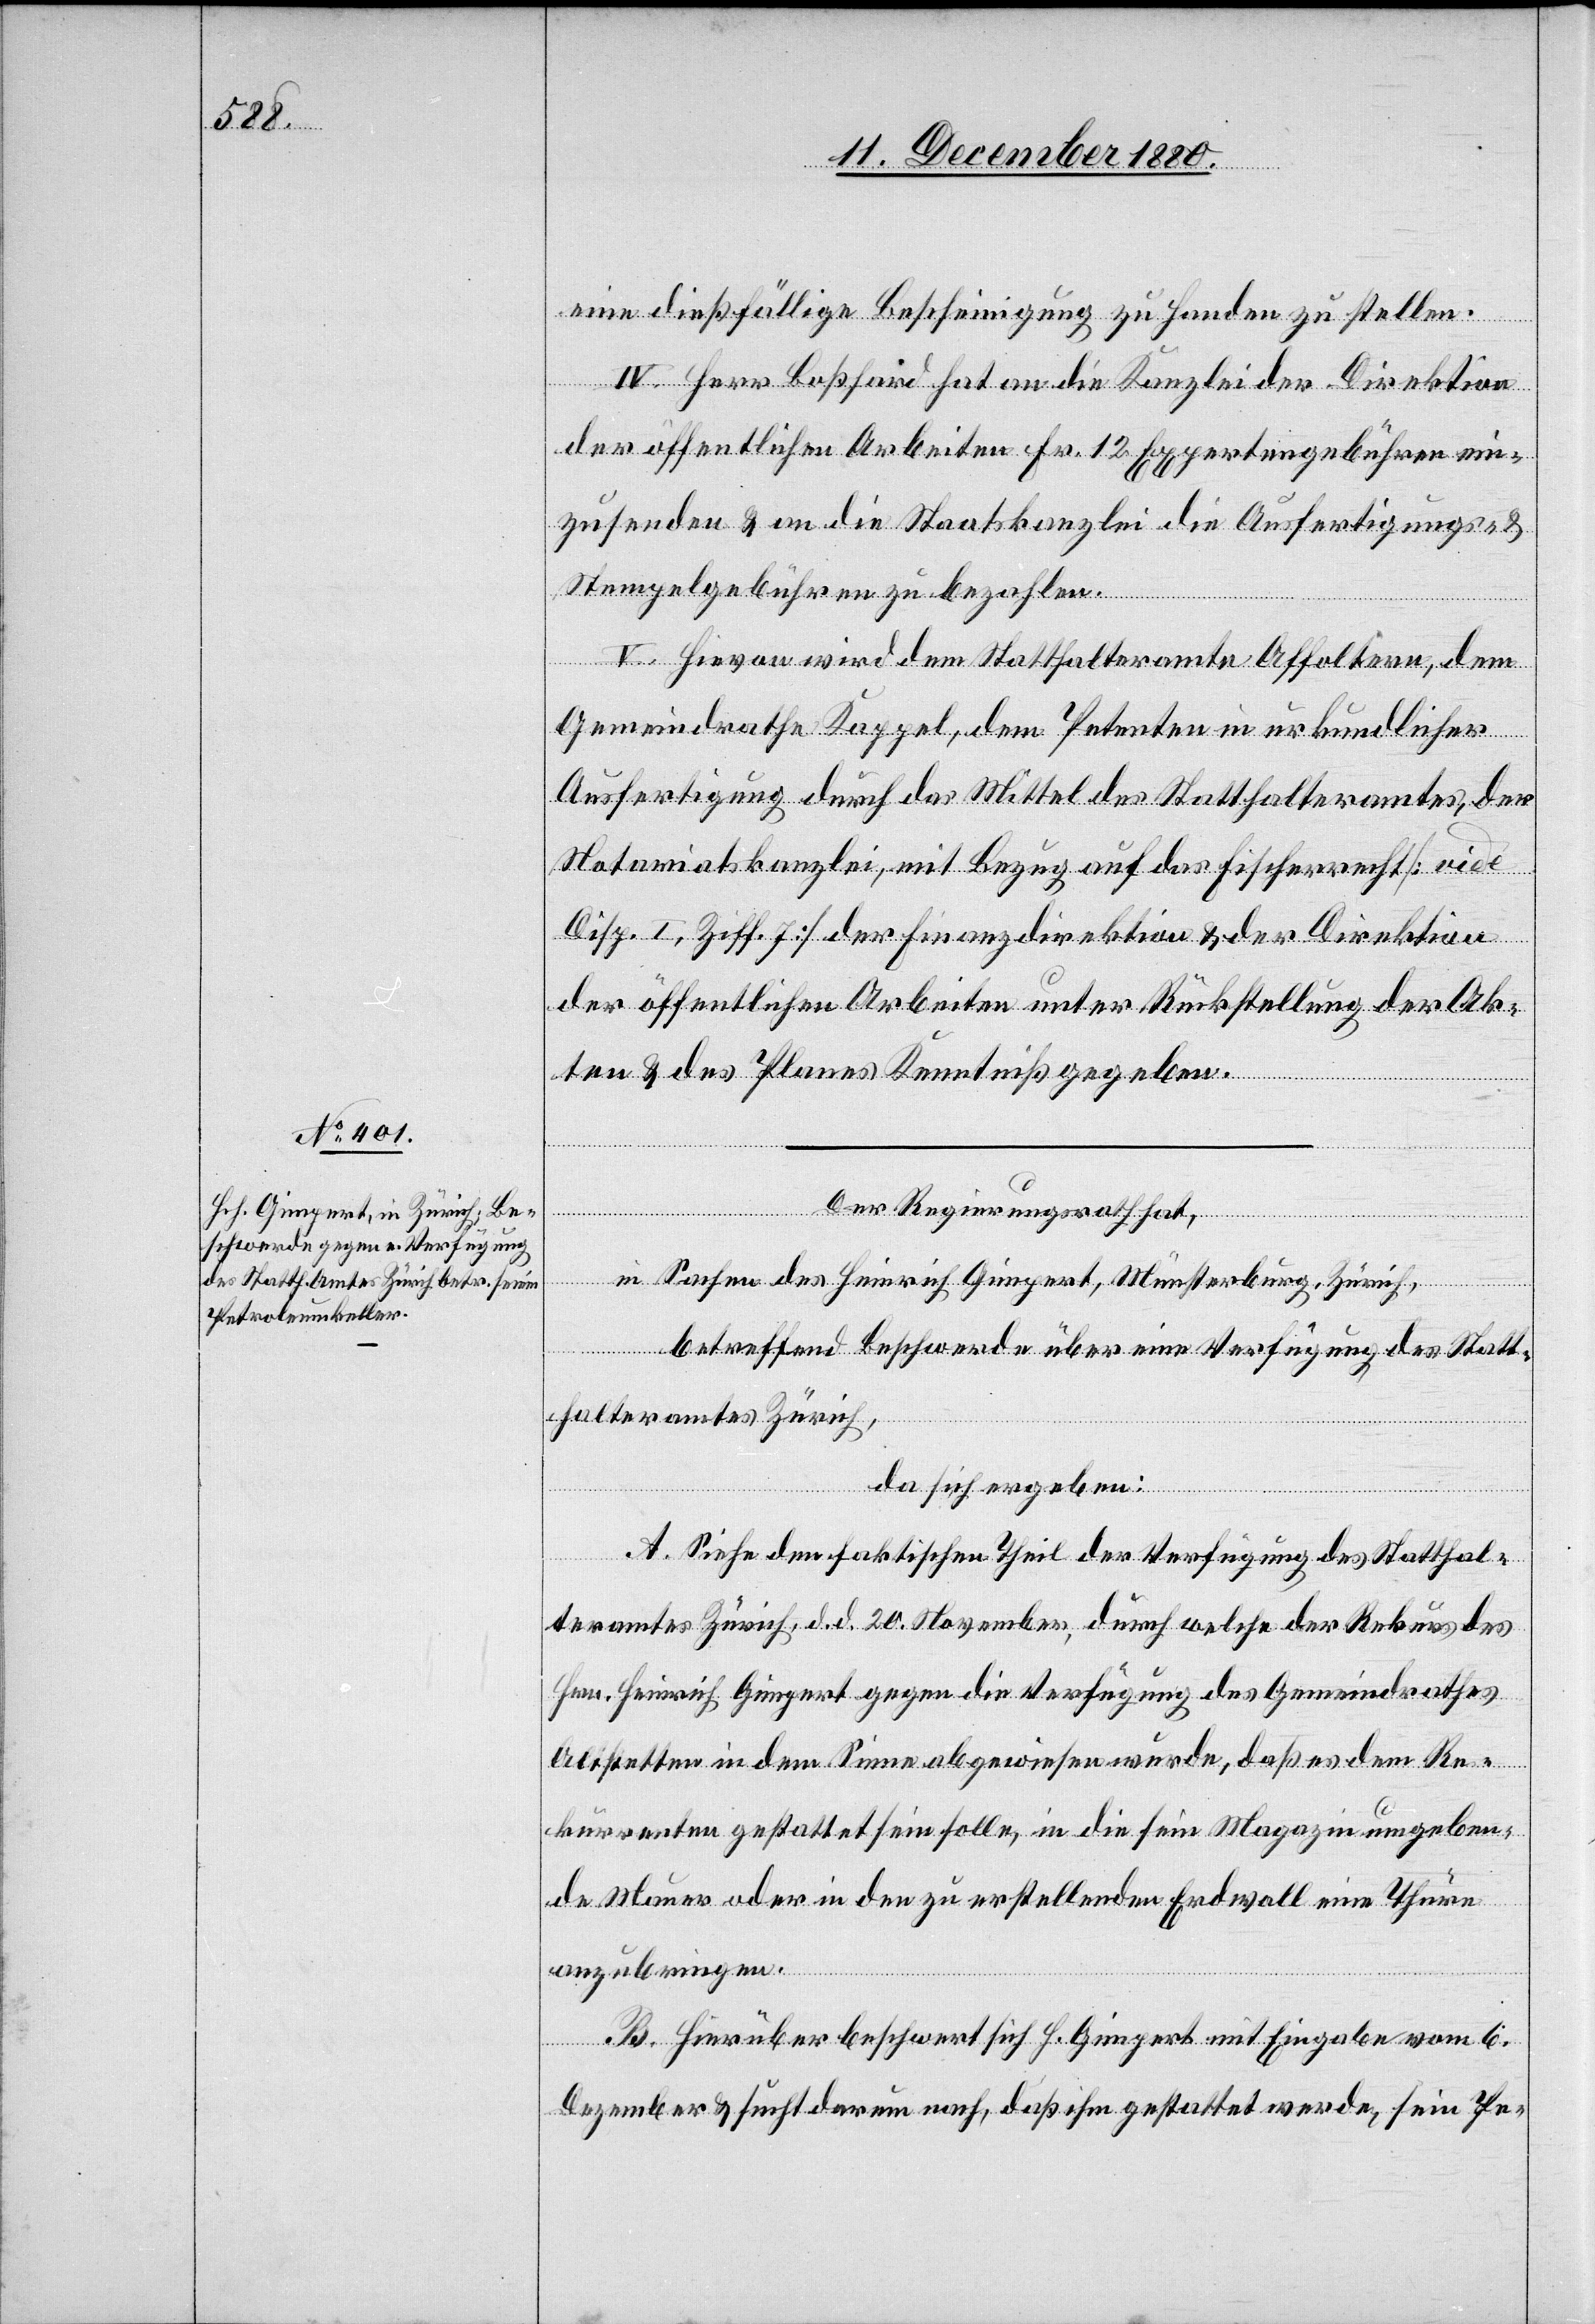
eine dießfällige Bescheinigung zu Handen zu stellen.
IV. Herr Boßhard hat an die Kanzlei der Direktion
der öffentlichen Arbeiten Fr. 12 Expertengebühren ein¬
zusenden & an die Staatskanzlei die Ausfertigungs- &
Stempelgebühren zu bezahlen.
V. Hievon wird dem Statthalteramte Affoltern, dem
Gemeindrathe Kappel, dem Petenten in urkundlicher
Ausfertigung durch das Mittel des Statthalteramtes, der
Notariatskanzlei, mit Bezug auf das Fischerrecht [vide
Disp. I, Ziff. 7] der Finanzdirektion & der Direktion
der öffentlichen Arbeiten unter Rückstellung der Ak¬
ten & des Planes Kenntniß gegeben.
Der Regierungsrath hat,
in Sachen des Heinrich Gimpert, Münsterburg, Zürich,
betreffend Beschwerde über eine Verfügung des Statt¬
halteramtes Zürich,
da sich ergeben:
A. Siehe den faktischen Theil der Verfügung des Statthal¬
teramtes Zürich, d. d. 20. November, durch welche der Rekurs des
Hrn. Heinrich Gimpert gegen die Verfügung des Gemeindrathes
Altstetten in dem Sinne abgewiesen wurde, daß es dem Re¬
kurrenten gestattet sein solle, in die sein Magazin umgeben¬
de Mauer oder in den zu erstellenden Erdwall eine Thüre
anzubringen.
B. Hierüber beschwert sich H. Gimpert mit Eingabe vom 6.
Dezember & sucht darum nach, daß ihm gestattet werde, sein Pe-